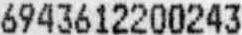
6943612200243